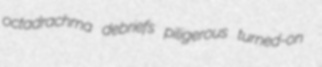
octadrachma debriefs piligerous turned-on